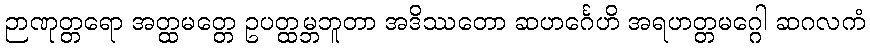
ဉာဏုတ္တရော အတ္ထမတ္တေ ဥပတ္ထမ္ဘဘူတာ အဒိဿတော ဆဟင်္ဂေဟိ အရဟတ္တမဂ္ဂေါ ဆဂလကံ